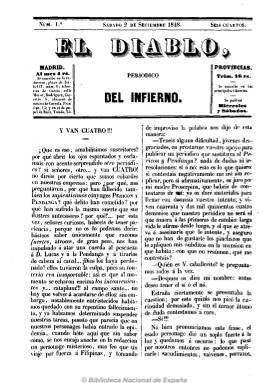
Título: El Diablo (Madrid)
Colección: Revistas satíricas y humorísticas || Periódicos
Ámbito geográfico: Madrid
Lugar de publicación: Madrid
Fechas: 02/09/1848-21/10/1848

Publicación de carácter humorístico sucesora de la titulada Pericón y Pendanga y otras tres con la misma factura editadas el mismo año 1848. También de frecuencia bisemanal en números de ocho páginas. Subtitulada “periódico del infierno”, bajo su cabecera imprime un grabado representativo del infierno. Incluye artículos y diálogos en tono jocoso sobre costumbres, modas o teatros, así como composiciones en verso, charadas, epigramas y noticias de sucesos menores, no sólo de Madrid, sino también de provincias y del extranjero.